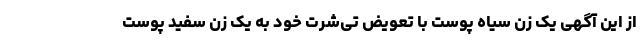
از این آگهی یک زن سیاه پوست با تعویض تی‌شرت خود به یک زن سفید پوست